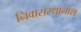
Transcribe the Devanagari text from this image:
निवासस्थानास